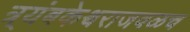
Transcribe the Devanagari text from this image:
त्र्यंबकेश्वराजवळच